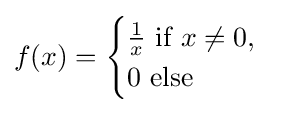
f(x)={\begin{cases}{\frac {1}{x}}{\text{ if }}x\neq 0,\\0{\text{ else}}\end{cases}}